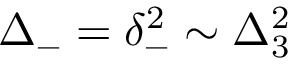
\Delta _ { - } = \delta _ { - } ^ { 2 } \sim \Delta _ { 3 } ^ { 2 }